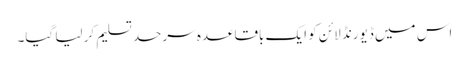
اس میں ڈیورنڈ لائن کو ایک باقاعدہ سرحد تسلیم کر لیا گیا۔